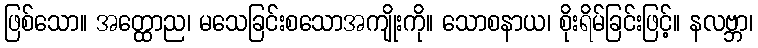
ဖြစ်သော။ အတ္ထောည၊ မသေခြင်းစသောအကျိုးကို။ သောစနာယ၊ စိုးရိမ်ခြင်းဖြင့်။ နလဗ္ဘာ၊